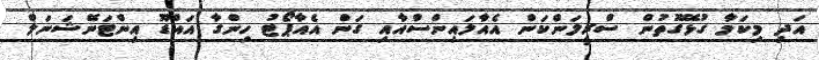
އަދި މިކަމާ ގުޅޭގޮތުން ސްރީލަންކަން އެއާލައިންސްއާއި ގަން އެއާޕޯޓު ހިންގާ އައްޑޫ އިންޓަނޭޝަނަލް